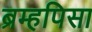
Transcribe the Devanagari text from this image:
ब्रम्हपिसा